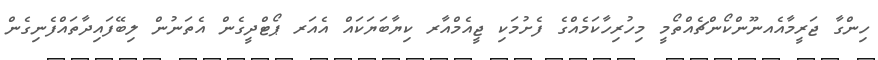
ހިންގާ ޖަރީމާއެއނޫންކޯންޗެއްތޯމީ މިހުރިހާކަމެއްގެ ފެށުމަކި ޖީއެމްއާރ ކިޔާބަޔަކައް އެއަރ ޕޯޓްދީގެން އެތަނުން ލިބޭފައިދާތައްފެނިގެން